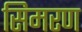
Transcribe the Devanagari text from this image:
सिमरण